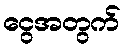
ငွေအတွက်